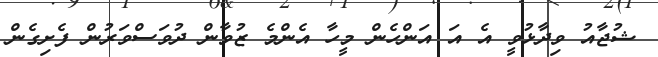
ޝުޖާއު ވިދާޅުވީ އެ އަ އަންހެން މީހާ އެންމެ ޒުވާން ދުވަސްވަރުން ފެށިގެން